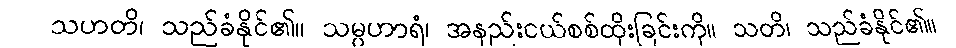
သဟတိ၊ သည်ခံနိုင်၏။ သမ္ပဟာရံ၊ အနည်းငယ်စစ်ထိုးခြင်းကို။ သတိ၊ သည်ခံနိုင်၏။